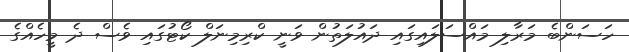
ހަސަންބެ މަރާލި މައްސަލައިގައި ދައުލަތުން ވަނީ ކްރިމިނަލް ކޯޓުގައި ވެސް ދެ މީހެއްގެ